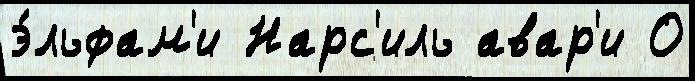
э́льфам'и Нарс'иль авар'и О